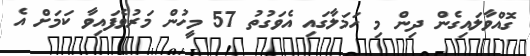
ގޮއްވާލައިގެން ދިން މި ހަމަލާގައި އެވަގުތު 57 މީހުން މަރުވެފައިވާ ކަމަށް އެ